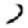
Digit: 3